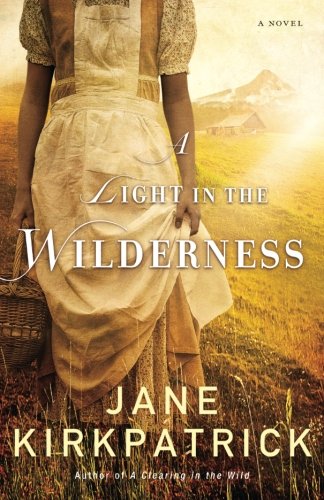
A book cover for A Light in the Wilderness: A Novel; Jane Kirkpatrick; Literature & Fiction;